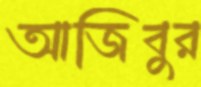
আজিবুর